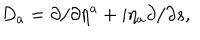
LaTeX: D _ { a } = \partial / \partial \eta ^ { a } + i \eta _ { a } \partial / { \partial s } ,